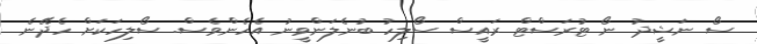
ސޯ ނަޝީދު ނޯ ޓުރަސްޓް ރައީސް ސޯލިހު ބުނެލަންވީނު އެހެންވެސް. ސޯލިހަކަށް ހެދޭނެ